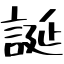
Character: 誕